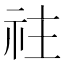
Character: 𥘭